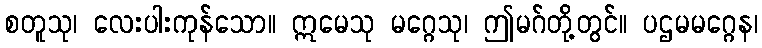
စတူသု၊ လေးပါးကုန်သော။ ဣမေသု မဂ္ဂေသု၊ ဤမဂ်တို့တွင်။ ပဌမမဂ္ဂေန၊